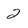
Character: 2